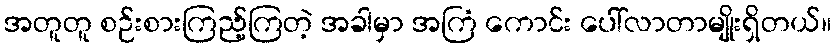
အတူတူ စဉ်းစားကြည့်ကြတဲ့ အခါမှာ အကြံ ကောင်း ပေါ်လာတာမျိုးရှိတယ်။